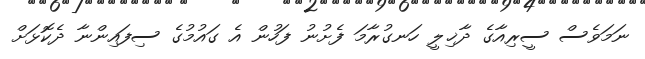
ނަމަވެސް ސީރިއާގެ ދާޚިލީ ހަނގުރާމަ ފެށުނު ފަހުން އެ ގައުމުގެ ސިފައިންނާ ދެކޮޅަށް